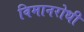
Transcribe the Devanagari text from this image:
विमानरोधी